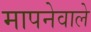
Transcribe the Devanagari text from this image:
मापनेवाले